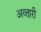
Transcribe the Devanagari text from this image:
अव्तारी